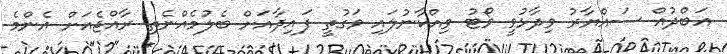
އަބްދުއް ސައްޔާރު ވިދާޅުވީ ވޯޓު ވިއްކާނުލައި ވަގުތީ ފައިދާއަށް ބެލުމެއްނެތި ރާއްޖެއަށް އެންމެ